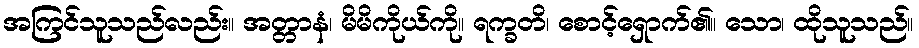
အကြင်သူသည်လည်း။ အတ္တာနံ၊ မိမိကိုယ်ကို။ ရက္ခတိ၊ စောင့်ရှောက်၏။ သော၊ ထိုသူသည်။